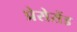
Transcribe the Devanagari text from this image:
प्रेसेसेंड